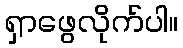
ရှာဖွေလိုက်ပါ။